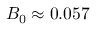
B _ { 0 } \approx 0 . 0 5 7